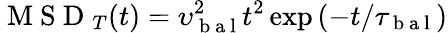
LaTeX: \mathrm{~M~S~D~}_{T}(t)=\upsilon_{\mathrm{~b~a~l~}}^{2}t^{2}\exp{(-t/\tau_{\mathrm{~b~a~l~}})}